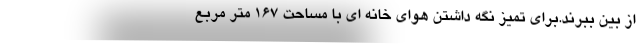
از بین ببرند.برای تمیز نگه داشتن هوای خانه ای با مساحت 167 متر مربع